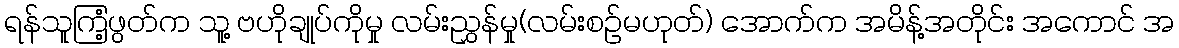
ရန်သူကြံ့ဖွတ်က သူ့ ဗဟိုချုပ်ကိုမှု လမ်းညွှန်မှု(လမ်းစဉ်မဟုတ်) အောက်က အမိန့်အတိုင်း အကောင် အ